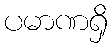
ပမာဏရှိ